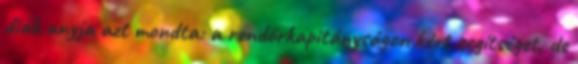
diák anyja azt mondta: a rendőrkapitányságon kért segítséget, de